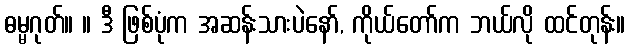
ဓမ္မဂုတ်။ ။ ဒီ ဖြစ်ပုံက အဆန်းသားပဲနော်, ကိုယ်တော်က ဘယ်လို ထင်တုန်း။